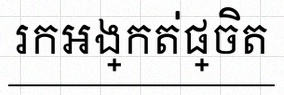
រកអង្កត់ផ្ចិត